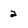
Character: 2